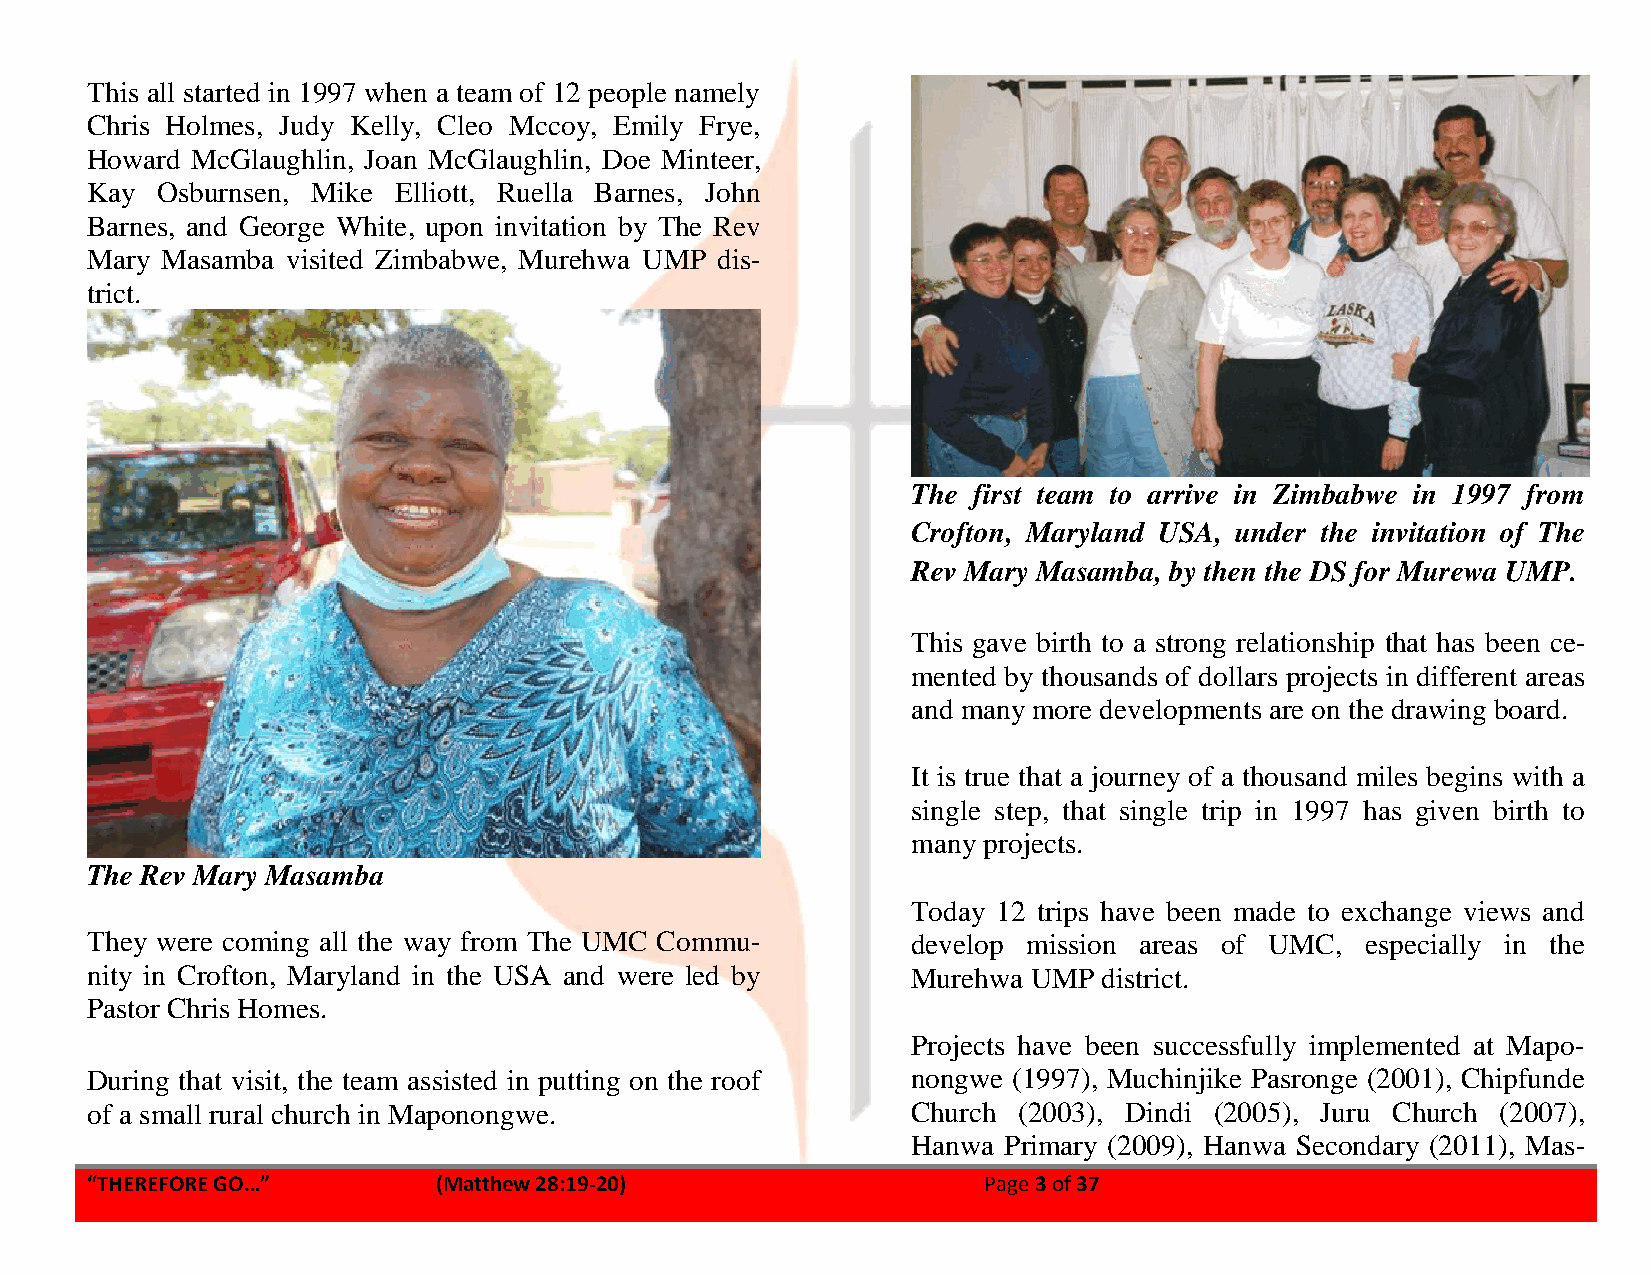
This all started in 1997 when a team of 12 people namely
 Chris Holmes, Judy Kelly, Cleo Mccoy, Emily Frye,
 Howard McGlaughlin, Joan McGlaughlin, Doe Minteer,
 Kay Osburnsen, Mike Elliott, Ruella Barnes, John
 Barnes, and George White, upon invitation by The Rev
 Mary Masamba visited Zimbabwe, Murehwa UMP dis-
 trict.
 The first team to arrive in Zimbabwe in 1997 from
 Crofton, Maryland USA, under the invitation of The
 Rev Mary Masamba, by then the DS for Murewa UMP.
 This gave birth to a strong relationship that has been ce-
 mented by thousands of dollars projects in different areas
 and many more developments are on the drawing board.
 It is true that a journey of a thousand miles begins with a
 single step, that single trip in 1997 has given birth to
 many projects.
 The Rev Mary Masamba
 Today 12 trips have been made to exchange views and
 They were coming all the way from The UMC Commu-      develop mission areas of UMC, especially in the
 nity in Crofton, Maryland in the USA and were led by  Murehwa UMP  district.
 Pastor Chris Homes.
 Projects have been successfully implemented at Mapo-
 During that visit, the team assisted in putting on the roof nongwe (1997), Muchinjike Pasronge (2001), Chipfunde
 of a small rural church in Maponongwe.                Church (2003), Dindi (2005), Juru Church (2007),
 Hanwa Primary (2009), Hanwa Secondary (2011), Mas-
 “THEREFORE GO…”        (Matthew 28:19-20)                  Page 3 of 37